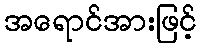
အရောင်အားဖြင့်